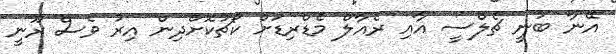
އޭނާ ބުނީ ޗެލްސީ އާއި ރެއާލް މެޑްރިޑަށް ކޯޗުކޮށްދިން އިރު ވެސް ރޫނީ